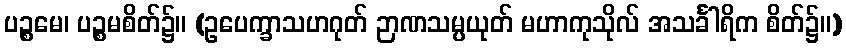
ပဉ္စမေ၊ ပဉ္စမစိတ်၌။ (ဥပေက္ခာသဟဂုတ် ဉာဏသမ္ပယုတ် မဟာကုသိုလ် အသင်္ခါရိက စိတ်၌။)